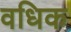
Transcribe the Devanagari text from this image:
वधिक